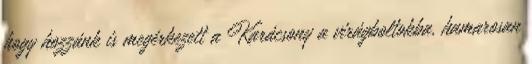
hogy hozzánk is megérkezett a Karácsony a virágboltokba, hamarosan